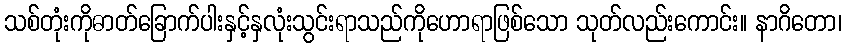
သစ်တုံးကိုဓာတ်ခြောက်ပါးနှင့်နှလုံးသွင်းရာသည်ကိုဟောရာဖြစ်သော သုတ်လည်းကောင်း။ နာဂိတော၊